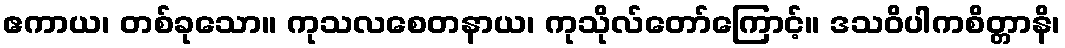
ဧကာယ၊ တစ်ခုသော။ ကုသလစေတနာယ၊ ကုသိုလ်တော်ကြောင့်။ ဒသဝိပါကစိတ္တာနိ၊